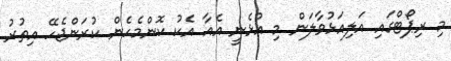
މި ރިޕޯޓްގައި އަލިއަޅުވާލަން މި އުޅެނީ އެއާ އެކު ކޮންމެހެން ކުރަންޖެހޭ އިތުރު